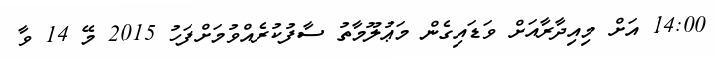
14:00 އަށް މިއިދާރާއަށް ވަޑައިގެން މަޢުލޫމާތު ސާފުކުރެއްވުމަށްފަހު 2015 މޭ 14 ވާ